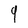
Character: 9